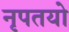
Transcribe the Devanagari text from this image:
नृपतयो